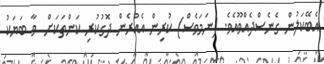
އެބޭކަލުން ގެނެސްދެއްވޫއެވެ. (ނަމަވެސް) ކުރިން އެއުރެން ދޮގުކުރި ކަންތަކަށް  ވާ ބަޔަކު